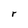
Character: r